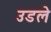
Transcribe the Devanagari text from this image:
उडले